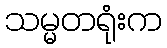
သမ္မတရုံးက